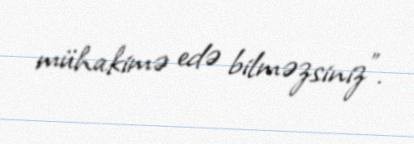
mühakimə edə bilməzsiniz".